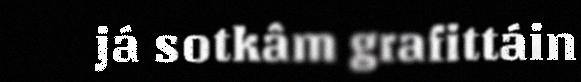
já sotkâm grafittáin